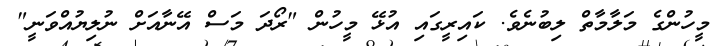
މީހުންގެ މަލާމާތް ލިބުނެވެ. ކައިރީގައި އުޅޭ މީހުން "ރޯދަ މަސް އޭނާއަށް ނުލިޔުއްވަނީ"